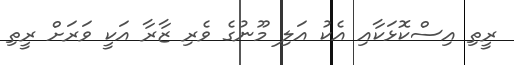
ރީތި އިސްކޮޅަކާއި އެކު އަލި މޫނުގެ ވެރި ޒާރާ އަކީ ވަރަށް ރީތި